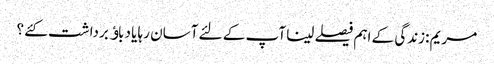
مریم :زندگی کے اہم فیصلے لینا آپ کے لئے آسان رہا یا دباﺅ برداشت کئے ؟